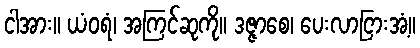
ငါအား။ ယံဝရံ၊ အကြင်ဆုကို။ ဒဇ္ဇာစေ၊ ပေးလာငြားအံ့။